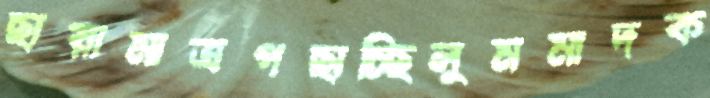
ছায়ামাত্রগছাচ্ছিলুমমাদক